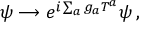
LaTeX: \psi \longrightarrow e ^ { i \sum _ { a } g _ { a } T ^ { a } } \psi \, ,